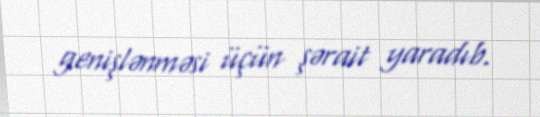
genişlənməsi üçün şərait yaradıb.